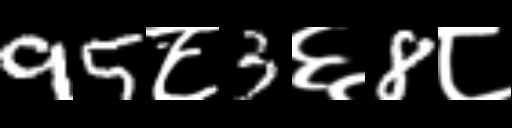
Text: 95८3६8८